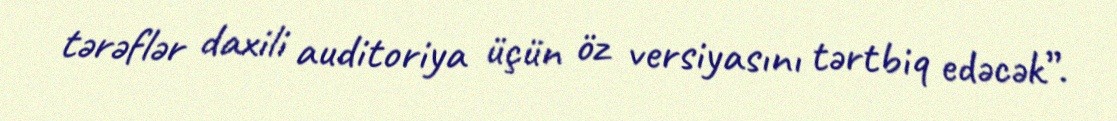
tərəflər daxili auditoriya üçün öz versiyasını tərtbiq edəcək”.